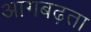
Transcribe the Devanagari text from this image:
आगबढ़ता